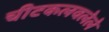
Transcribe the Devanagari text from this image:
चीटकलवलेले